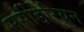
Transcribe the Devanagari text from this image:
मर्सीडेरियन